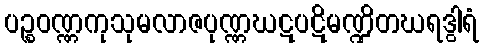
ပဉ္စဝဏ္ဏကုသုမလာဇပုဏ္ဏဃဋပဋိမဏ္ဍိတဃရဒွါရံ